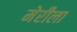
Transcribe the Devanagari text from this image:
मेरीला